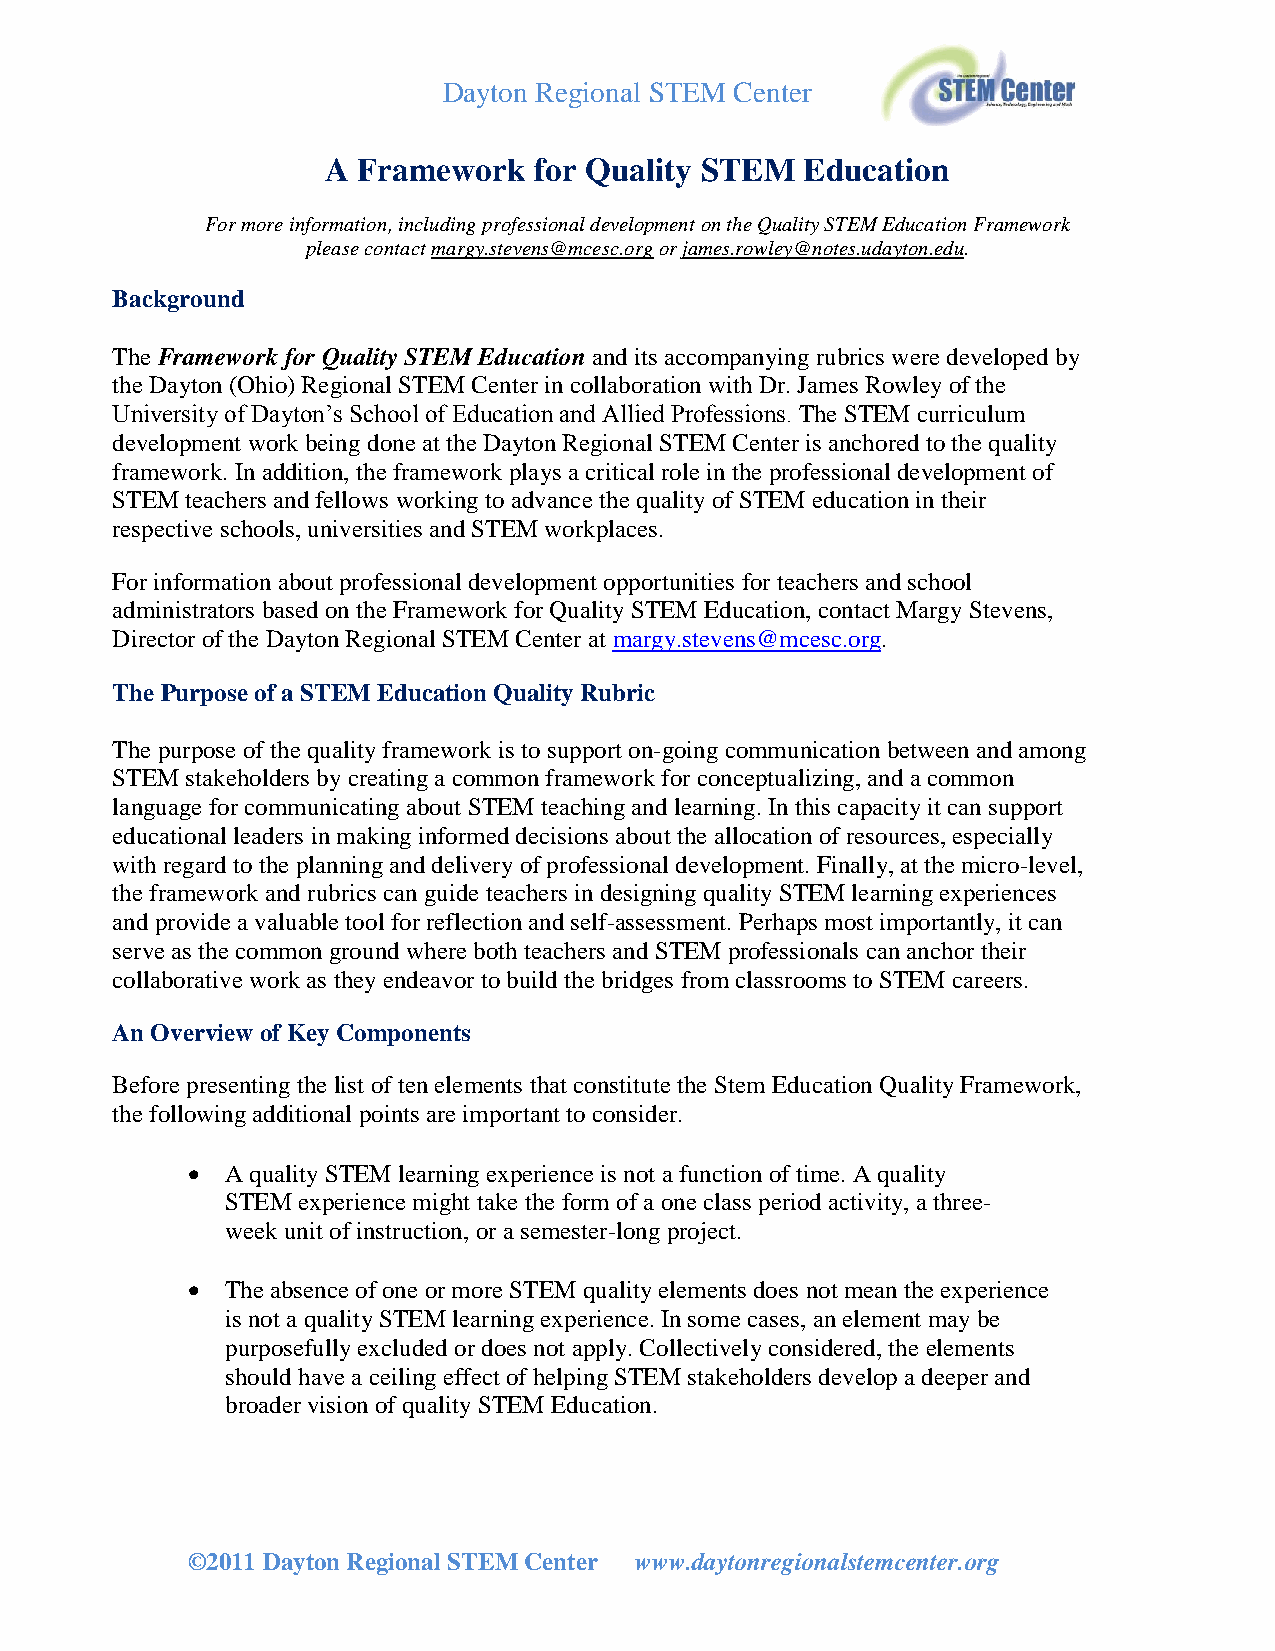
Dayton Regional STEM Center
 A Framework  for Quality STEM  Education
 For more information, including professional development on the Quality STEM Education Framework
 please contact margy.stevens@mcesc.org or james.rowley@notes.udayton.edu.
 Background
 The Framework for Quality STEM Education and its accompanying rubrics were developed by
 the Dayton (Ohio) Regional STEM Center in collaboration with Dr. James Rowley of the
 University of Dayton’s School of Education and Allied Professions. The STEM curriculum
 development work being done at the Dayton Regional STEM Center is anchored to the quality
 framework. In addition, the framework plays a critical role in the professional development of
 STEM teachers and fellows working to advance the quality of STEM education in their
 respective schools, universities and STEM workplaces.
 For information about professional development opportunities for teachers and school
 administrators based on the Framework for Quality STEM Education, contact Margy Stevens,
 Director of the Dayton Regional STEM Center at margy.stevens@mcesc.org.
 The Purpose of a STEM Education Quality Rubric
 The purpose of the quality framework is to support on-going communication between and among
 STEM stakeholders by creating a common framework for conceptualizing, and a common
 language for communicating about STEM teaching and learning. In this capacity it can support
 educational leaders in making informed decisions about the allocation of resources, especially
 with regard to the planning and delivery of professional development. Finally, at the micro-level,
 the framework and rubrics can guide teachers in designing quality STEM learning experiences
 and provide a valuable tool for reflection and self-assessment. Perhaps most importantly, it can
 serve as the common ground where both teachers and STEM professionals can anchor their
 collaborative work as they endeavor to build the bridges from classrooms to STEM careers.
 An Overview of Key Components
 Before presenting the list of ten elements that constitute the Stem Education Quality Framework,
 the following additional points are important to consider.
   A quality STEM learning experience is not a function of time. A quality
 STEM experience might take the form of a one class period activity, a three-
 week unit of instruction, or a semester-long project.
   The absence of one or more STEM quality elements does not mean the experience
 is not a quality STEM learning experience. In some cases, an element may be
 purposefully excluded or does not apply. Collectively considered, the elements
 should have a ceiling effect of helping STEM stakeholders develop a deeper and
 broader vision of quality STEM Education.
 ©2011 Dayton Regional STEM Center www.daytonregionalstemcenter.org